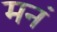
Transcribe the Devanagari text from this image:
मनं